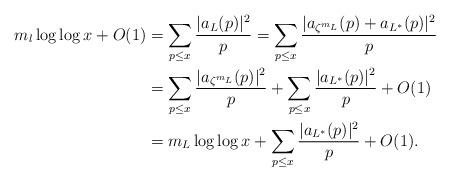
LaTeX: \begin{align*}m_l\log\log x + O(1)&= \sum_{p\leq x}\frac{|a_L(p)|^2}{p} = \sum_{p\leq x}\frac{|a_{\zeta^{m_L}}(p)+a_{L^*}(p)|^2}{p}\\&=\sum_{p\leq x}\frac{|a_{\zeta^{m_L}}(p)|^2}{p} + \sum_{p\leq x}\frac{|a_{L^*}(p)|^2}{p} + O(1)\\&=m_L\log\log x + \sum_{p\leq x}\frac{|a_{L^*}(p)|^2}{p} + O(1).\end{align*}